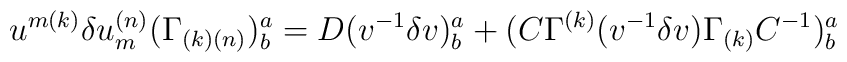
u^{{ m(k)}}\delta u^{{ (n)}}_{{ m}}(\Gamma _{{(k)(n)}})^{{ a}}_{{ b}} =D (v^{-{ 1}}\delta v)^{{ a}}_{{ b}}+(C\Gamma ^{{ (k)}}(v^{-{ 1}}\delta v)\Gamma _{{ (k)}}C^{-{ 1}})^{{ a}}_{{ b}} \qquad